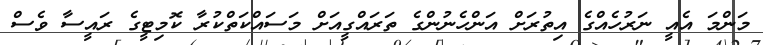
މަންމަ އެއީ ނަރުހެއްގެ އިތުރަށް އަންހެނުންގެ ތަރައްގީއަށް މަސައްކަތްކުރާ ކޮމިޓީގެ ރައީސާ ވެސް